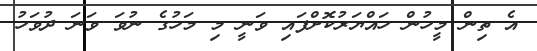
އެ ތިން މީހުން ހައްޔަރުކޮށްފައި ވަނީ މި މަހުގެ ނުވަ ވަނަ ދުވަހު